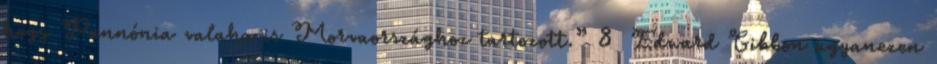
hogy Pannónia valaha is Morvaországhoz tartozott.” 8 Edward Gibbon ugyanezen